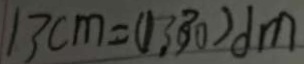
1 3 c m = ( 1 , 3 , ) d m